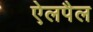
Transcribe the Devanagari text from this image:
ऐलपैल